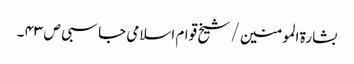
بشارۃ المومنین / شیخ قوام اسلامی جاسبی ص ۴۳ ۔